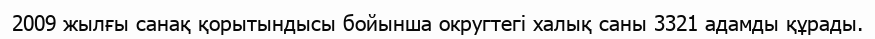
2009 жылғы санақ қорытындысы бойынша округтегі халық саны 3321 адамды құрады.